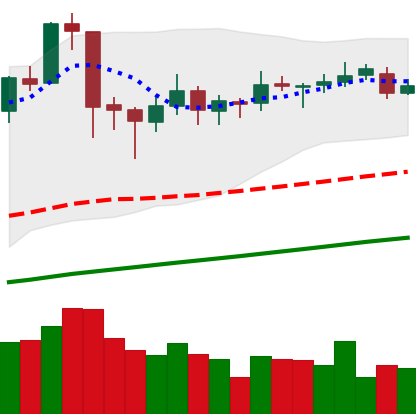
Ticker: ETC-USD
Chart end date: 2019-06-19
Forward return: 8.478%
Label: up_7plus